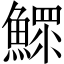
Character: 鰥